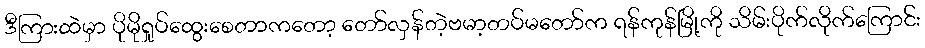
ဒီကြားထဲမှာ ပိုမိုရှုပ်ထွေးစေတာကတော့ တော်လှန်တဲ့ဗမာ့တပ်မတော်က ရန်ကုန်မြို့ကို သိမ်းပိုက်လိုက်ကြောင်း